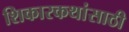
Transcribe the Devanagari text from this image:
शिकारकथांसाठी